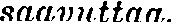
saavuttaa.